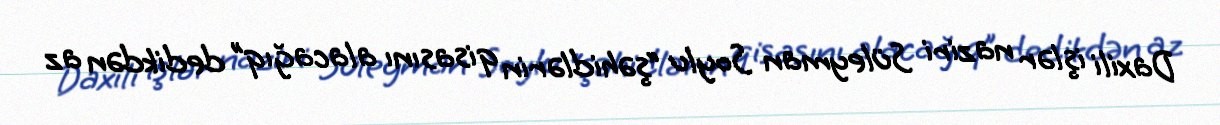
Daxili işlər naziri Süleyman Soylu “şəhidlərin qisasını alacağıq” dedikdən az